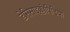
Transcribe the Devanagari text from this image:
डेसिसाइक्लोपिडिया